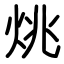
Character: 烑